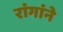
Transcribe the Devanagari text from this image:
रांगांने